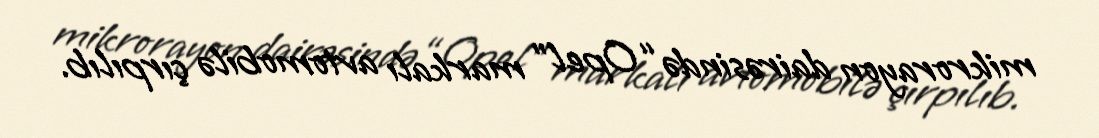
mikrorayon dairəsində “Opel” markalı avtomobilə çırpılıb.